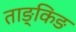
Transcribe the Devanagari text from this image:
ताङ्किङ